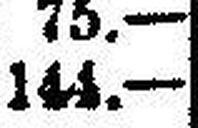
144.—